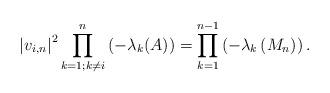
LaTeX: \begin{align*} \left|v_{i, n}\right|^{2} \prod_{k=1 ; k \neq i}^{n}\left(-\lambda_{k}(A)\right)=\prod_{k=1}^{n-1}\left(-\lambda_{k}\left(M_{n}\right)\right) . \end{align*}